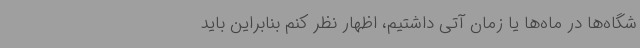
شگاه‌ها در ماه‌ها یا زمان آتی داشتیم، اظهار نظر کنم بنابراین باید